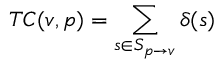
T C ( v , p ) = \sum _ { s \in S _ { p \rightarrow v } } \delta ( s )